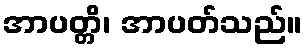
အာပတ္တိ၊ အာပတ်သည်။